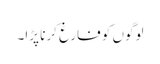
لوگوں کو فارغ کرنا پڑا۔